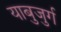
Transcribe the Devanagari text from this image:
याबुजुर्ग